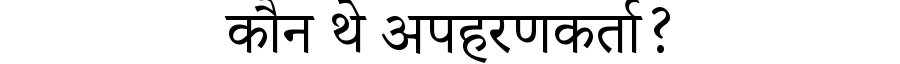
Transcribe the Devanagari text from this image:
कौन थे अपहरणकर्ता?